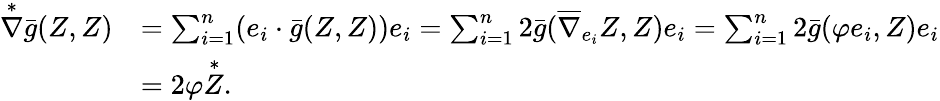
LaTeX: \begin{array}{rl}{\overset{*}{\nabla}\bar{g}(Z,Z)}&{=\sum_{i=1}^{n}(e_{i}\cdot\bar{g}(Z,Z))e_{i}=\sum_{i=1}^{n}2\bar{g}(\overline{{\nabla}}_{e_{i}}Z,Z)e_{i}=\sum_{i=1}^{n}2\bar{g}(\varphi e_{i},Z)e_{i}}\\ &{=2\varphi\overset{*}{Z}.}\end{array}